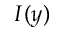
I ( y )